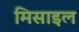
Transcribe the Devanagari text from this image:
मिसाइल